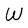
Character: W